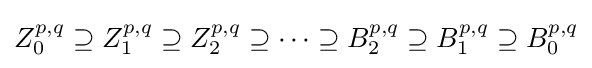
Z_{0}^{p,q}\supseteq Z_{1}^{p,q}\supseteq Z_{2}^{p,q}\supseteq \cdots \supseteq B_{2}^{p,q}\supseteq B_{1}^{p,q}\supseteq B_{0}^{p,q}